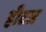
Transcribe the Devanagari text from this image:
हीटस